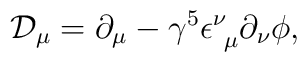
{\mathcal D}_{\mu} = \partial_{\mu}  	- \gamma^5 \epsilon^{\nu}_{\ \mu}   	 \partial_{\nu} \phi,